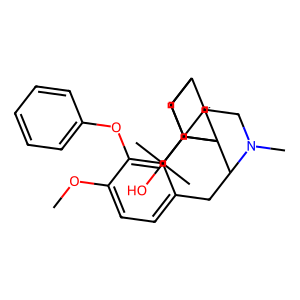
SMILES: COc1ccc2c(c1Oc1ccccc1)C13CCN(C)C(C2)C12C=CC(CC2C(C)(C)O)C3
Inhibits HIV replication: No